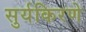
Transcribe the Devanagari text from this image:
सुर्यकिरणे